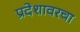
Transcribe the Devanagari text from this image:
प्रदेशावरचा